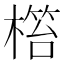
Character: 𣘜